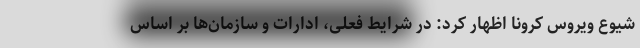
شیوع ویروس کرونا اظهار کرد: در شرایط فعلی، ادارات و سازمان‌ها بر اساس